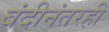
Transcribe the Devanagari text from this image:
बंदीनंतरही